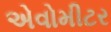
એવોમીટર